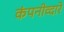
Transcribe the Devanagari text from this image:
कंपनीव्दारे